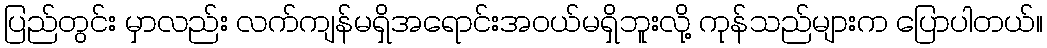
ပြည်တွင်း မှာလည်း လက်ကျန်မရှိအရောင်းအဝယ်မရှိဘူးလို့ ကုန်သည်များက ပြောပါတယ်။